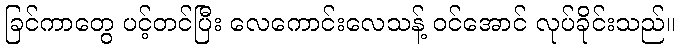
ခြင်ကာတွေ ပင့်တင်ပြီး လေကောင်းလေသန့် ဝင်အောင် လုပ်ခိုင်းသည်။